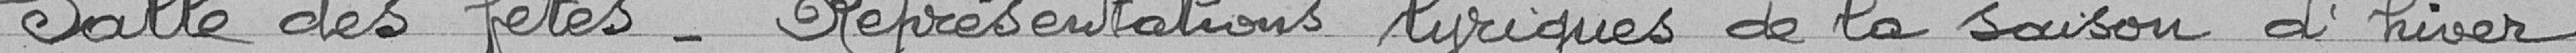
Salle des fêtes - Représentations lyriques de la saison d'hiver